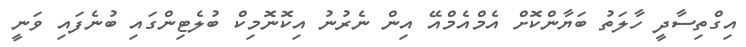
އިގްތިސާދީ ހާލަތު ބަޔާންކޮށް އެމްއެމްއޭ އިން ނެރުނު އިކޮނޮމިކް ބުލެޓިންގައި ބުނެފައި ވަނީ